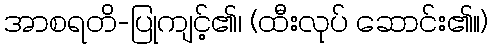
အာစရတိ-ပြုကျင့်၏၊ (ထီးလုပ် ဆောင်း၏။)